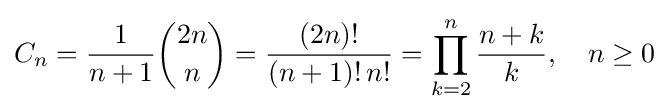
C_{n}={\frac {1}{n+1}}{2n \choose n}={\frac {(2n)!}{(n+1)!\,n!}}=\prod \limits _{k=2}^{n}{\frac {n+k}{k}},\quad n\geq 0